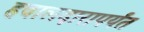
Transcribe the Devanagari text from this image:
हवालदारापर्यंत